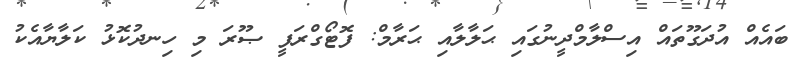
ބައެއް އުދަގޫތައް އިސްލާމްދީނުގައި ޙަލާލާއި ޙަރާމް: ފޮޓޯގްރަފީ ޞޫރަ މި ހިނދުކޮޅު ކަލާޔާއެކު